Punjab Mental Hospital Lahore 1932-46 - 1932-1946
Year: 1932
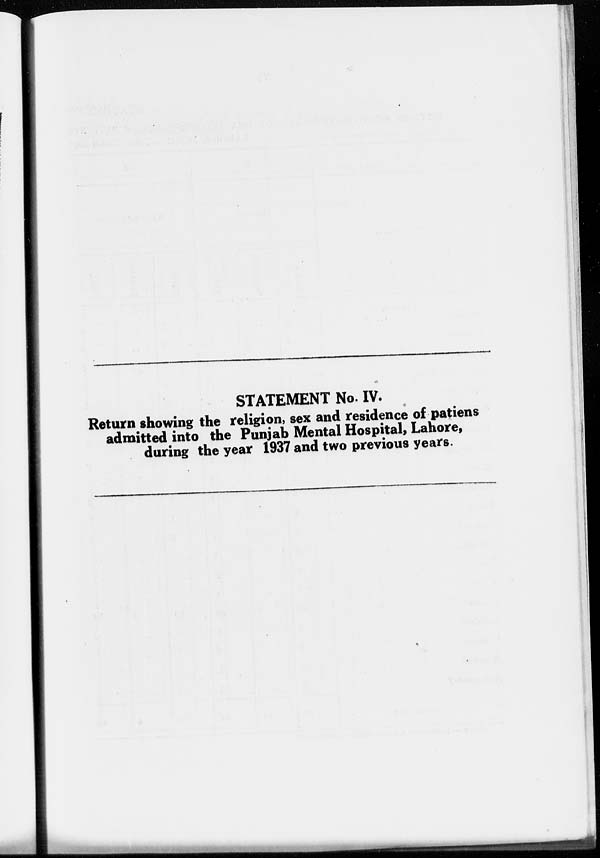
STATEMENT No. IV.
Return showing the religion, sex and residence of patiens
admitted into the Punjab Mental Hospital, Lahore,
during the year 1937 and two previous years.